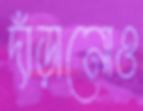
দাঁড়ানোও